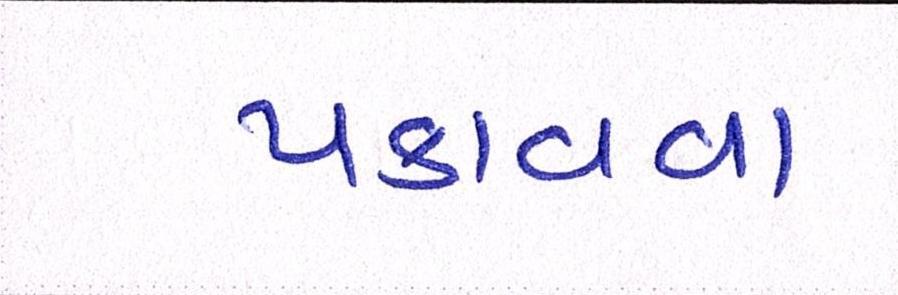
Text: પકાવવા